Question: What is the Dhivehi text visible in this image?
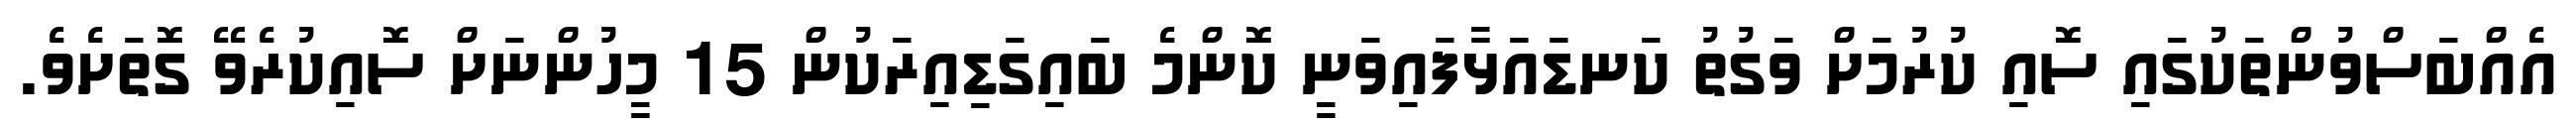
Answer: އެއްބަސްވުންތަކުގައި ސޮއި ކުރުމަށް ވަގުތު ކަނޑައަޅާފައިވަނީ ކޮންމެ ބައިގަޑިއިރަކުން 15 މީހުންނަށް ސޮއިކުރެވޭ ގޮތަށެވެ.